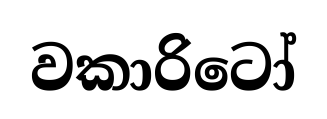
වකාරිටෝ